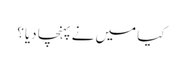
کیا میں نے پہنچا دیا؟